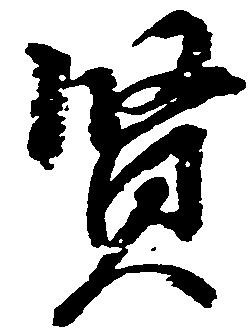
賢